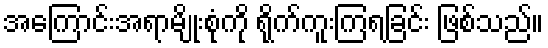
အကြောင်းအရာမျိုးစုံကို ရိုက်ကူးကြရခြင်း ဖြစ်သည်။